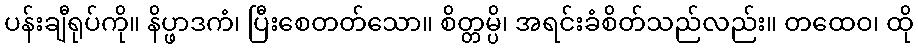
ပန်းချီရုပ်ကို။ နိပ္ဖာဒကံ၊ ပြီးစေတတ်သော။ စိတ္တမ္ပိ၊ အရင်းခံစိတ်သည်လည်း။ တထေဝ၊ ထို